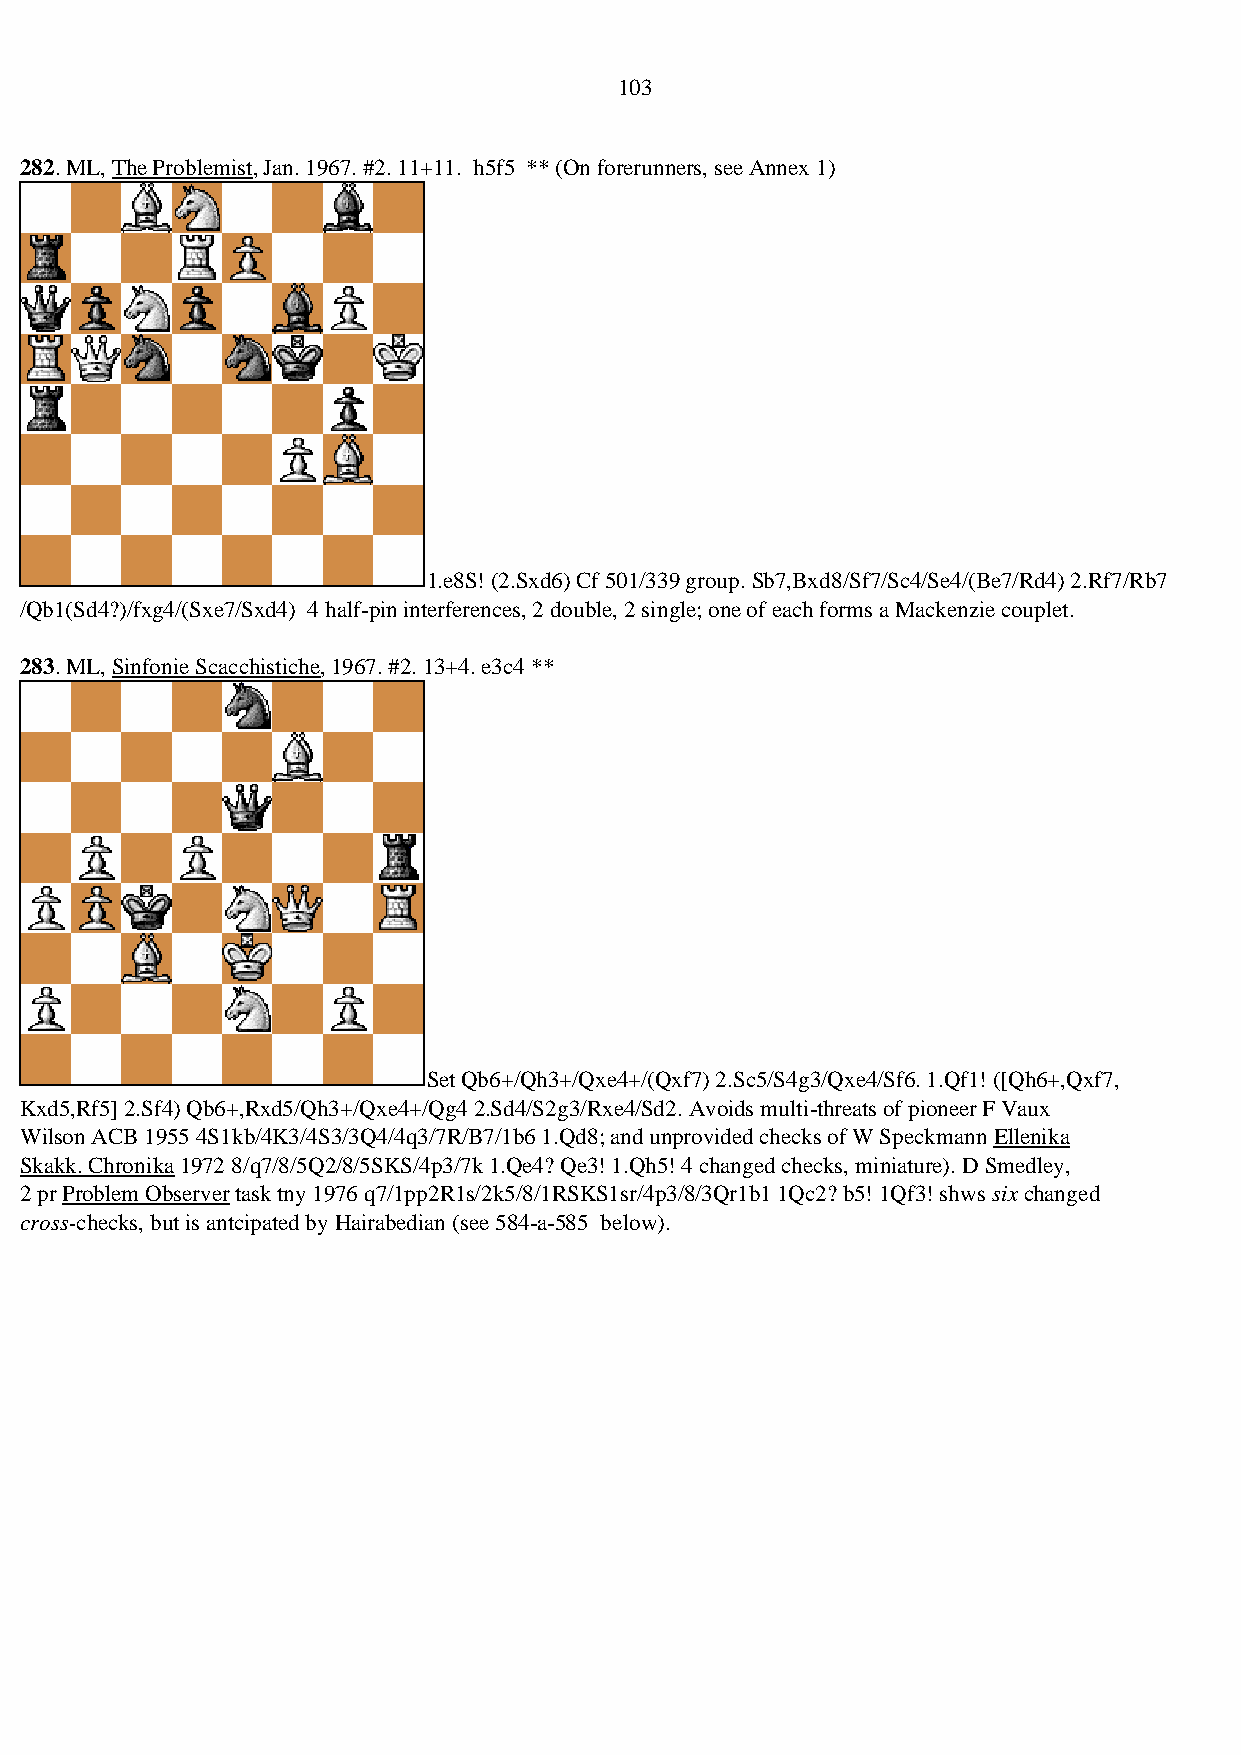
103
 282. ML, The Problemist, Jan. 1967. #2. 11+11. h5f5 ** (On forerunners, see Annex 1)
 1.e8S! (2.Sxd6) Cf 501/339 group. Sb7,Bxd8/Sf7/Sc4/Se4/(Be7/Rd4) 2.Rf7/Rb7
 /Qb1(Sd4?)/fxg4/(Sxe7/Sxd4) 4 half-pin interferences, 2 double, 2 single; one of each forms a Mackenzie couplet.
 283. ML, Sinfonie Scacchistiche, 1967. #2. 13+4. e3c4 **
 Set Qb6+/Qh3+/Qxe4+/(Qxf7) 2.Sc5/S4g3/Qxe4/Sf6. 1.Qf1! ([Qh6+,Qxf7,
 Kxd5,Rf5] 2.Sf4) Qb6+,Rxd5/Qh3+/Qxe4+/Qg4 2.Sd4/S2g3/Rxe4/Sd2. Avoids multi-threats of pioneer F Vaux
 Wilson ACB 1955 4S1kb/4K3/4S3/3Q4/4q3/7R/B7/1b6 1.Qd8; and unprovided checks of W Speckmann Ellenika
 Skakk. Chronika 1972 8/q7/8/5Q2/8/5SKS/4p3/7k 1.Qe4? Qe3! 1.Qh5! 4 changed checks, miniature). D Smedley,
 2 pr Problem Observer task tny 1976 q7/1pp2R1s/2k5/8/1RSKS1sr/4p3/8/3Qr1b1 1Qc2? b5! 1Qf3! shws six changed
 cross-checks, but is antcipated by Hairabedian (see 584-a-585 below).